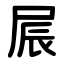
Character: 屒